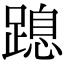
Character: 𨃡